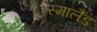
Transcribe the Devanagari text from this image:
स्मालैंड